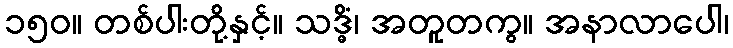
၁၅၀။ တစ်ပါးတို့နှင့်။ သဒ္ဓိံ၊ အတူတကွ။ အနာလာပေါ၊